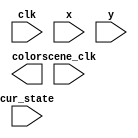
`timescale 1ns / 1ps

module display_scene(
	input wire clk,
    input wire scene_clk,
    input wire x,
    input wire y,
    input wire cur_state,
    output wire [11:0] color
    );

    localparam GAME_INITIAL = 2'b00,
               GAME_RUNNING = 2'b01,
               GAME_OVER    = 2'b10,
               GAME_SUCCESS = 2'b11;



endmodule